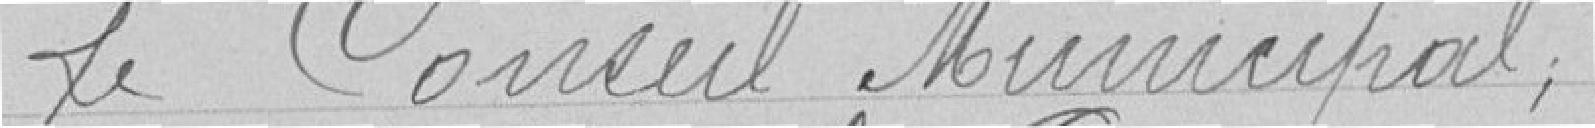
Le Conseil Municipal,